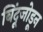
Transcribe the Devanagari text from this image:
बिंदूजोडून